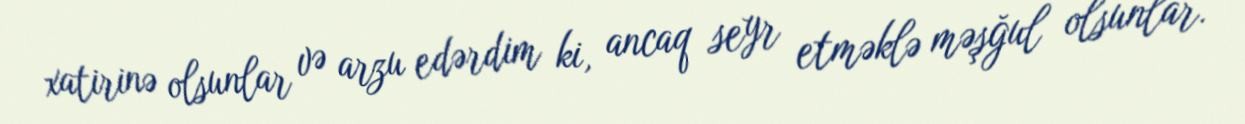
xatirinə olsunlar və arzu edərdim ki, ancaq seyr etməklə məşğul olsunlar.